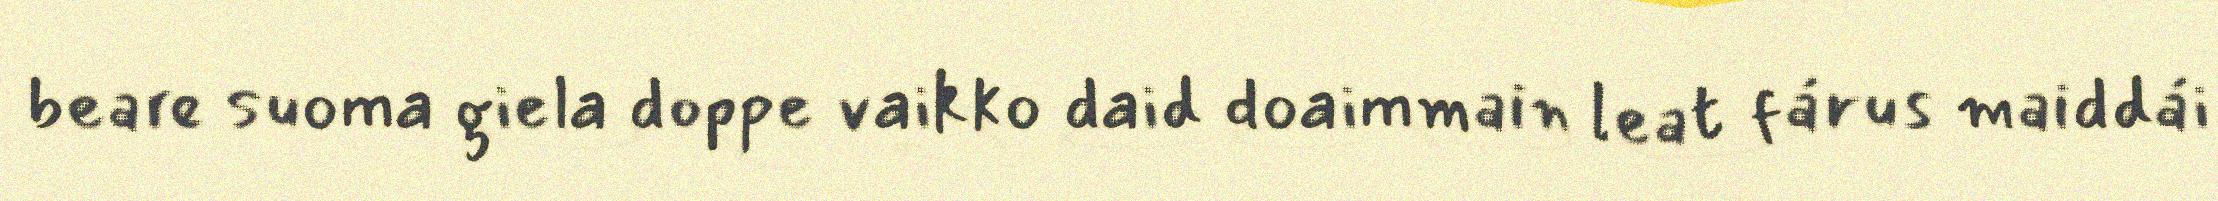
beare suoma giela doppe vaikko daid doaimmain leat fárus maiddái